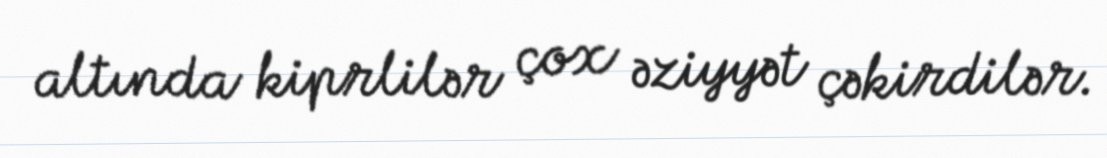
altında kiprlilər çox əziyyət çəkirdilər.